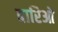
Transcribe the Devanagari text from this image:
बारिओ